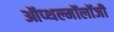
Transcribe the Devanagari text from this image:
ऑप्थल्मॉलॉजी